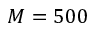
M = 5 0 0